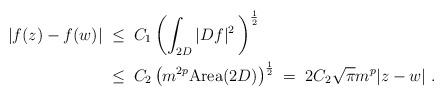
LaTeX: \begin{align*}|f(z)-f(w)|\;&\leq\; C_1 \left(\int_{2D} |Df|^2\,\right)^{\frac{1}{2}} \\&\leq\; C_2 \left(m^{2p}\mathrm{Area}(2D)\right)^{\frac{1}{2}}\;=\; 2C_2\sqrt{\pi} m^p|z-w|\ .\end{align*}